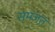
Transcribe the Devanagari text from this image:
समजतं